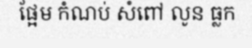
ផ្អែម កំណប់ សំពៅ លូន ធ្លក